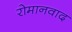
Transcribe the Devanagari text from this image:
रोमानवाद